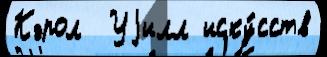
Кэрол  Уjилл иску́сств